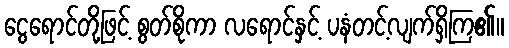
ငွေရောင်တို့ဖြင့် စွတ်စိုကာ လရောင်နှင့် ပနံတင့်လျက်ရှိကြ၏။